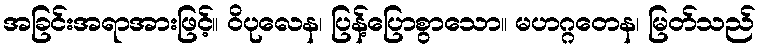
အခြင်းအရာအားဖြင့်။ ဝိပုလေန၊ ပြန့်ပြောစွာသော။ မဟဂ္ဂတေန၊ မြတ်သည်